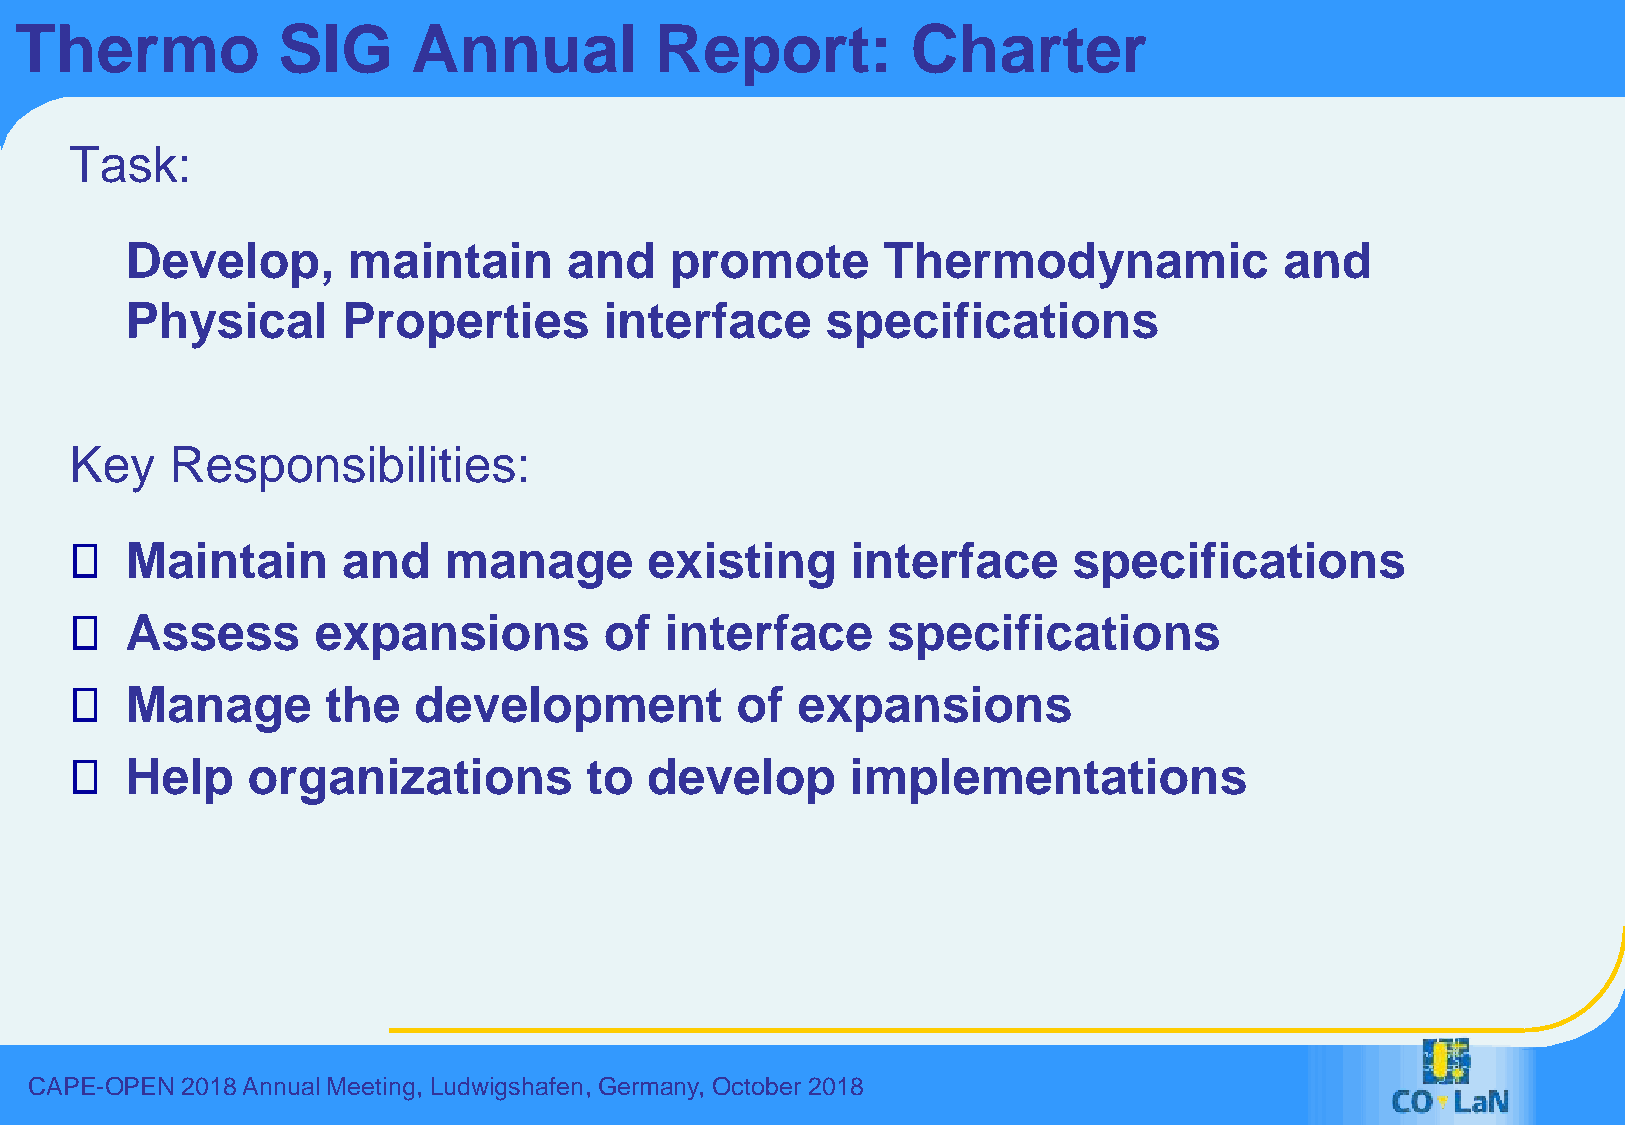
Thermo           SIG      Annual          Report:          Charter
 Task:
 Develop,       maintain       and   promote       Thermodynamic              and
 Physical       Properties       interface      specifications
 Key   Responsibilities:
 Maintain       and   manage        existing     interface      specifications
 Assess       expansions         of  interface      specifications
 Manage        the  development           of  expansions
 Help    organizations          to  develop      implementations
 CAPE-OPEN 2018 Annual Meeting, Ludwigshafen, Germany, October 2018